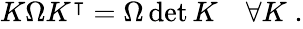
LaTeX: \begin{array}{r}{K\Omega K^{\intercal}=\Omega\operatorname*{det}{K}\quad\forall K\; .}\end{array}